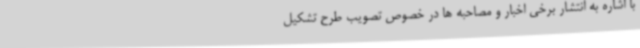
با اشاره به انتشار برخی اخبار و مصاحبه ها در خصوص تصویب طرح تشکیل